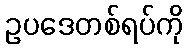
ဥပဒေတစ်ရပ်ကို